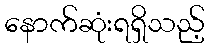
နောက်ဆုံးရရှိသည့်